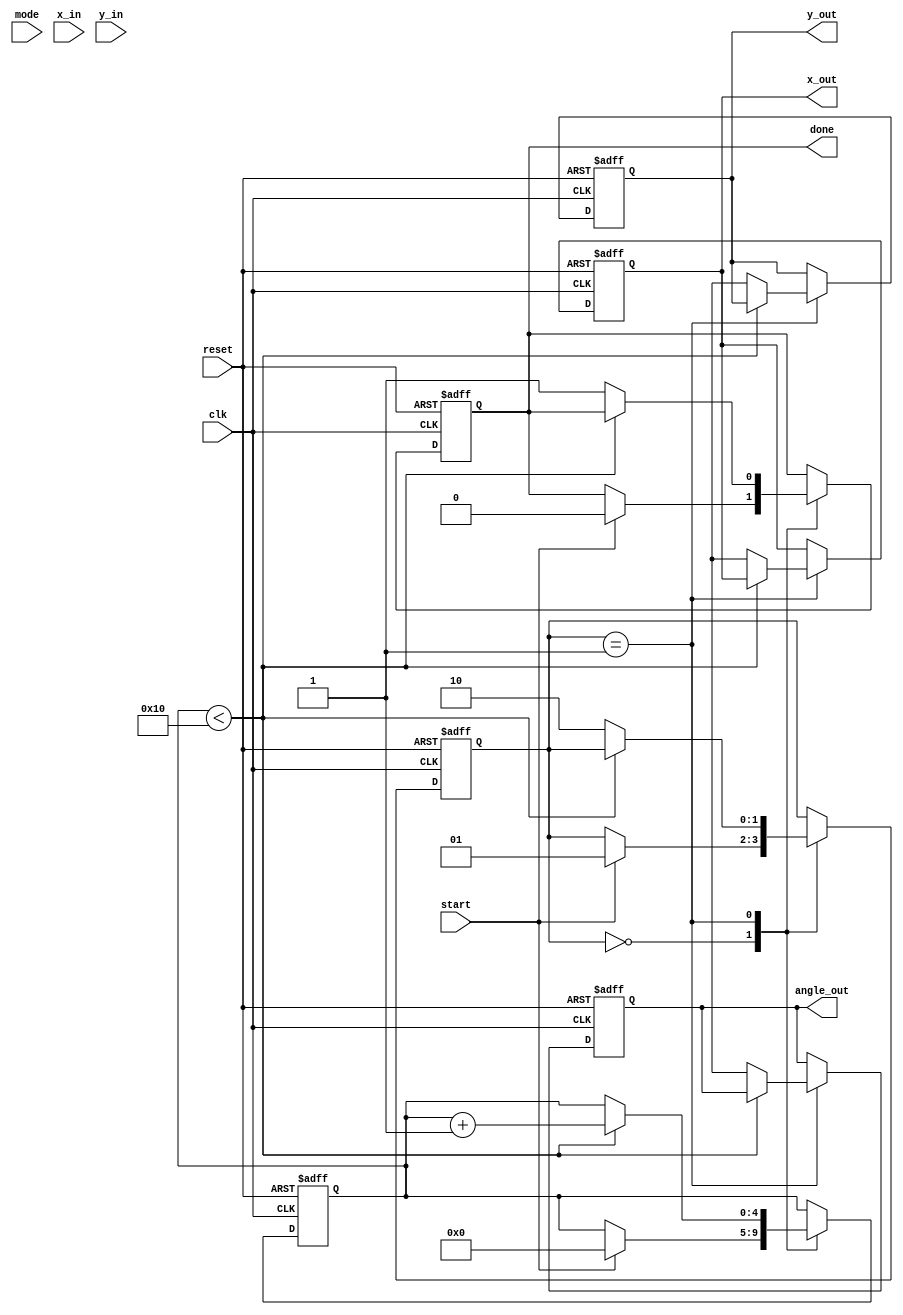
module CORDIC #(
    parameter DATA_WIDTH = 16,
    parameter ITERATIONS = 16
)(
    input  wire                      clk,
    input  wire                      reset,
    input  wire                      start,
    input  wire                      mode, // 0: Rotation, 1: Vectoring
    input  wire [DATA_WIDTH-1:0]    x_in,
    input  wire [DATA_WIDTH-1:0]    y_in,
    output reg [DATA_WIDTH-1:0]      x_out,
    output reg [DATA_WIDTH-1:0]      y_out,
    output reg [DATA_WIDTH-1:0]      angle_out,
    output reg                       done
);

    reg [DATA_WIDTH-1:0] x[0:ITERATIONS-1];
    reg [DATA_WIDTH-1:0] y[0:ITERATIONS-1];
    reg [DATA_WIDTH-1:0] z[0:ITERATIONS-1];
    reg [7:0] angle_lookup [0:ITERATIONS-1];

    // Initialize angle lookup table
    initial begin
        // Populate angle lookup table (in fixed-point representation)
        angle_lookup[0] = 8'h00; // atan(1) = 45 degrees
        angle_lookup[1] = 8'h20; // atan(0.5) = 26.565 degrees
        // Add more values...
    end

    reg [4:0] i; // Iteration index
    reg [1:0] state;

    localparam IDLE = 2'b00,
               CALC = 2'b01,
               DONE = 2'b10;

    always @(posedge clk or posedge reset) begin
        if (reset) begin
            x_out <= 0;
            y_out <= 0;
            angle_out <= 0;
            done <= 0;
            i <= 0;
            state <= IDLE;
        end else begin
            case (state)
                IDLE: begin
                    if (start) begin
                        x[0] <= x_in;
                        y[0] <= y_in;
                        z[0] <= 0; // Initialize angle to 0
                        i <= 0;
                        state <= CALC;
                        done <= 0;
                    end
                end

                CALC: begin
                    if (i < ITERATIONS) begin
                        if (mode == 0) begin // Rotation Mode
                            if (y[i] < 0) begin
                                x[i + 1] <= x[i] + (y[i] >> i);
                                y[i + 1] <= y[i] + (x[i] >> i);
                                z[i + 1] <= z[i] - angle_lookup[i];
                            end else begin
                                x[i + 1] <= x[i] - (y[i] >> i);
                                y[i + 1] <= y[i] + (x[i] >> i);
                                z[i + 1] <= z[i] + angle_lookup[i];
                            end
                        end else begin // Vectoring Mode
                            // Similar logic for vectoring operation
                            // Implement vectoring logic...
                        end
                        i <= i + 1;
                    end else begin
                        x_out <= x[ITERATIONS];
                        y_out <= y[ITERATIONS];
                        angle_out <= z[ITERATIONS];
                        done <= 1;
                        state <= DONE;
                    end
                end

                DONE: begin
                    // Remain in DONE state until reset
                end
            endcase
        end
    end

endmodule